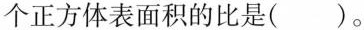
个正方体表面积的比是( )。